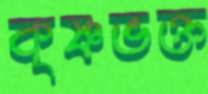
কৃষ্ণভক্ত